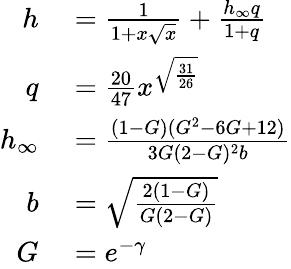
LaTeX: \begin{array}{rl}{h}&{{}={\frac{1}{1+x{\sqrt{x}}}}+{\frac{h_{\infty}q}{1+q}}}\\ {q}&{{}={\frac{20}{47}}x^{\sqrt{\frac{31}{26}}}}\\ {h_{\infty}}&{{}={\frac{(1-G)(G^{2}-6G+12)}{3G(2-G)^{2}b}}}\\ {b}&{{}={\sqrt{\frac{2(1-G)}{G(2-G)}}}}\\ {G}&{{}=e^{-\gamma}}\end{array}